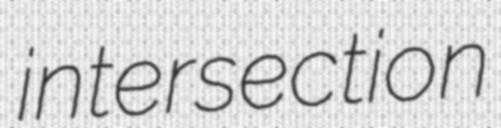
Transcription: intersection